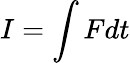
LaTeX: I=\int Fdt